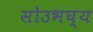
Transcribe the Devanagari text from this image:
सोउभघ्य